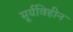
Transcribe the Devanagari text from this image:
सूर्यविहीन